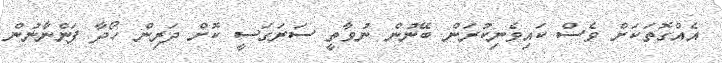
އެއްގޮތަކަށް ވެސް ކައިވެނިކުރަން ބޭނުން ނުވާތީ ސަރަގަސީ ކޮށް ދަރިން ހޯދާ ފަންނާނުން